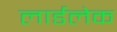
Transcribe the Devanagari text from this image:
लार्डलेक